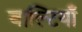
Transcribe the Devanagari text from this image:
बाल्टियाँ